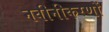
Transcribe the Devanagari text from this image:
नवीनीकरणों